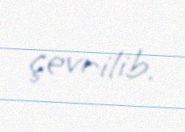
çevrilib.